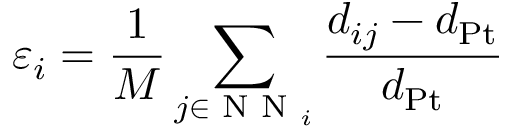
\varepsilon _ { i } = \frac { 1 } { M } \sum _ { j \in \textrm { N N } _ { i } } \frac { d _ { i j } - d _ { \mathrm { { P t } } } } { d _ { \mathrm { { P t } } } }